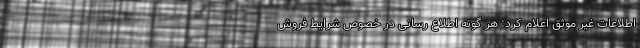
اطلاعات غیر موثق اعلام کرد: هر گونه اطلاع رسانی در خصوص شرایط فروش